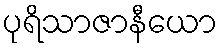
ပုရိသာဇာနီယော